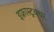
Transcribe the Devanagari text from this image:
इफ्रास्ट्रक्चर